Indian journal of veterinary science and animal husbandry - Volume 7,
Year: 1937
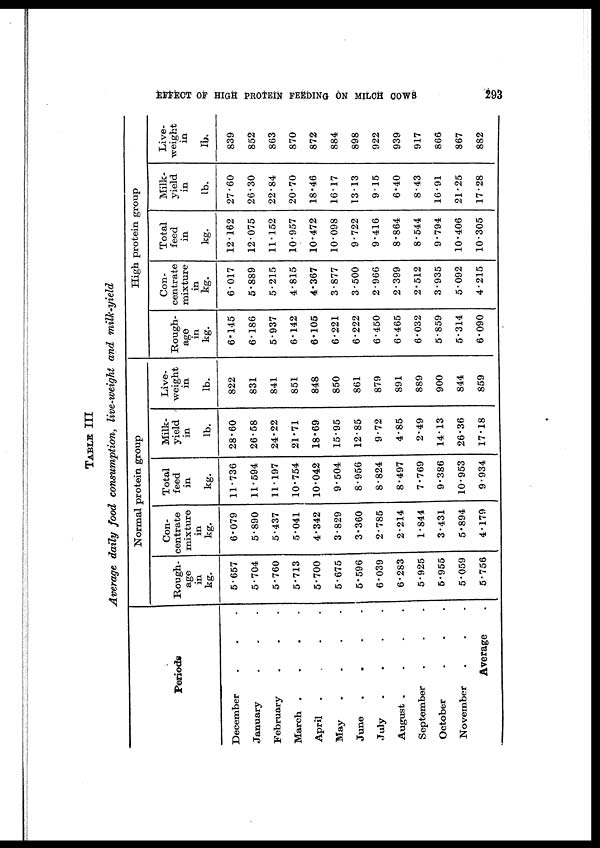
EFFECT OF HIGH PROTEIN FEEDING ON MILCH COWS
293
TABLE III
Average daily food consumption, live-weight and milk-yield
Periods
December . . .
January . . .
February . . .
March .
.
.
.
April .
.
.
.
May
.
.
.
.
June
.
.
.
.
July
.
.
.
.
August .
.
.
.
September . . .
October . . .
November . . .
Average .
Normal protein group
Rough-
age
in
kg.
5.657
5.704
5.760
5.713
5.700
5.675
5.596
6.039
6.283
5.925
5.955
5.059
5.756
Con-
centrate
mixture
in
kg.
6.079
5.890
5.437
5.041
4.342
3.829
3.360
2.785
2.214
1.844
3.431
5.894
4.179
Total
feed
in
kg.
11.736
11.594
11.197
10.754
10.042
9.504
8.956
8.824
8.497
7.769
9.386
10.953
9.934
Milk¬
yield
in
lb.
28.60
26.58
24.22
21.71
18.69
15.95
12.85
9.72
4.85
2.49
14.13
26.36
17.18
Live¬
weight
in
lb.
822
831
841
851
848
850
861
879
891
889
900
844
859
High protein group
Rough-
age
in
kg.
6.145
6.186
5.937
6.142
6.3105
6.221
6.222
6.450
6.465
6.032
5.859
5.314
6.090
Con-
centrate
mixture
in
kg.
6.017
5.889
5.215
4.815
4.367
3.877
3.500
2.966
2.399
2.512
3.935
5.092
4.215
Total
feed
in
kg.
12.162
12.075
11.152
10.957
10.472
10.098
9.722
9.416
8.864
8.544
9.794
10.406
10.305
Milk¬
yield
in
lb.
27.60
26.30
22.84
20.70
18.46
16.17
13.13
9.15
6.40
8.43
16.91
21.25
17.28
Live¬
weight
in
Ib.
839
852
863
870
872
884
898
922
939
917
866
867
882